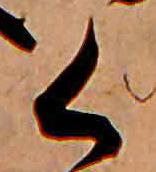
く